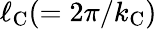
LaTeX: \ell_{\mathrm{{C}}}(=2\pi/k_{\mathrm{{C}}})